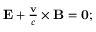
\begin{array} { r } { \mathbf { E } + \frac { \mathbf { v } } { c } \times \mathbf { B } = \mathbf { 0 } ; } \end{array}